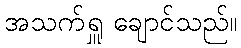
အသက်ရှူ ချောင်သည်။